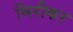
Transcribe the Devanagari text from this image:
मिरीकर